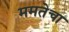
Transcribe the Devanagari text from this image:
ममतेचा